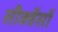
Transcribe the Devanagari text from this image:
सीक्वेंसों